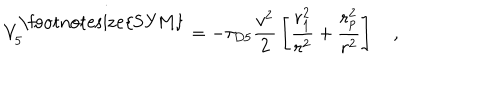
V _ { 5 } ^ { \mathrm { \footnotesize { S Y M } } } = - \tau _ { D 5 } { \frac { v ^ { 2 } } { 2 } } \left[ { \frac { r _ { 1 } ^ { 2 } } { r ^ { 2 } } } + { \frac { r _ { p } ^ { 2 } } { r ^ { 2 } } } \right] \quad ,